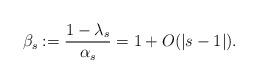
LaTeX: \begin{align*} \beta_{s}: = \frac{1-\lambda_s}{\alpha_s} = 1+ O(|s-1|). \end{align*}